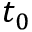
t _ { 0 }